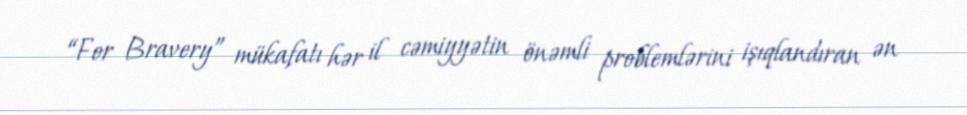
“For Bravery” mükafatı hər il cəmiyyətin önəmli problemlərini işıqlandıran ən